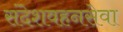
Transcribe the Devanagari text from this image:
संदेशवहनसेवा